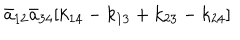
{ \bar { a } } _ { 1 2 } { \bar { a } } _ { 3 4 } [ k _ { 1 4 } - k _ { 1 3 } + k _ { 2 3 } - k _ { 2 4 } ]